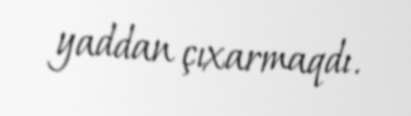
yaddan çıxarmaqdı.